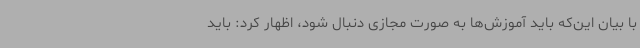
با بیان این‌که باید آموزش‌ها به صورت مجازی دنبال شود، اظهار کرد: باید